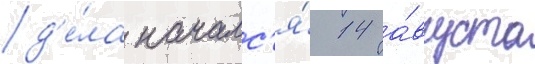
д'е́ла началс'я́ 14 а́вгуста